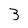
Character: 3